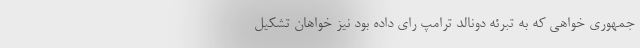
جمهوری ‌خواهی که به تبرئه دونالد ترامپ رای داده بود نیز خواهان تشکیل